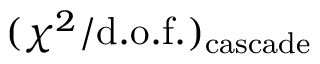
( \chi ^ { 2 } / \mathrm { d . o . f . } ) _ { \mathrm { c a s c a d e } }